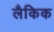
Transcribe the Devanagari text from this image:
लैकिक